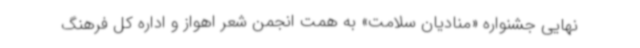
نهایی جشنواره «منادیان سلامت» به همت انجمن شعر اهواز و اداره کل فرهنگ